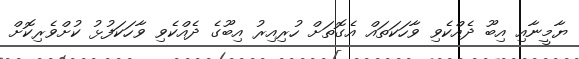
ޔާމީނާއި އިބޫ ދެއްކެވި ވާހަކަތައް އެގޮތަށް ހުރިއިރު އިބޫގެ ދެއްކެވި ވާހަކަފުޅު ކުށްވެރިކޮށް